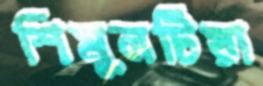
শিমুলটিয়া